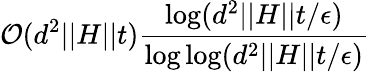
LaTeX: \mathcal{O}(d^{2}\vert\vert H\vert\vert t)\frac{\log(d^{2}\vert\vert H\vert\vert t/\epsilon)}{\log\log(d^{2}\vert\vert H\vert\vert t/\epsilon)}